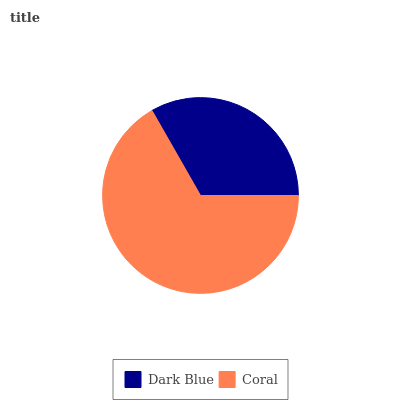
| Dark Blue | Coral |
 | --- | --- |
 | 33.3% | 66.7% |